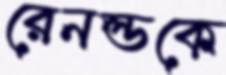
রেনল্ডকে